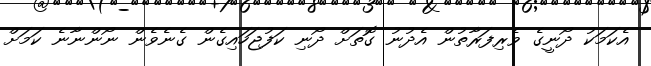
އެކަމަކު ދޯނީގެ ވެރިފަރާތުން އެދުނު ގޮތަށް ދޯނި ކަފުޖަހައިގެން ގެނެވެން ނޯންނާނެ ކަމަށް